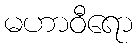
မဟာဝီရော